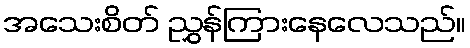
အသေးစိတ် ညွှန်ကြားနေလေသည်။